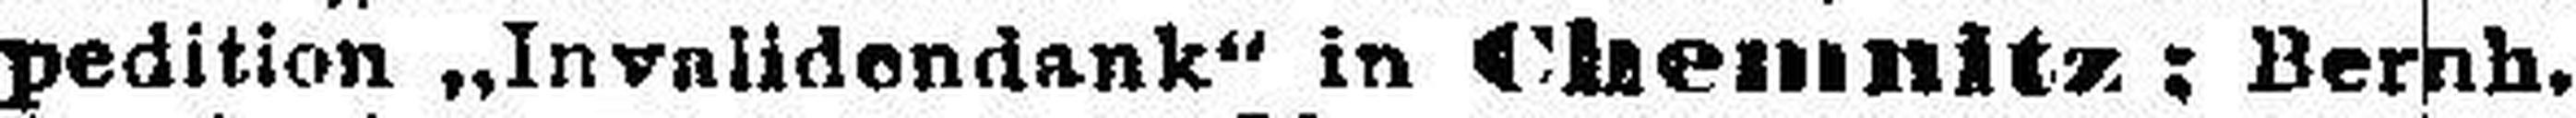
pedition „Invalidendank" in Chemnitz; Bernh.